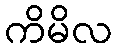
ကိမိလ